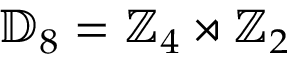
\mathbb { D } _ { 8 } = \mathbb { Z } _ { 4 } \rtimes \mathbb { Z } _ { 2 }